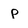
Character: p